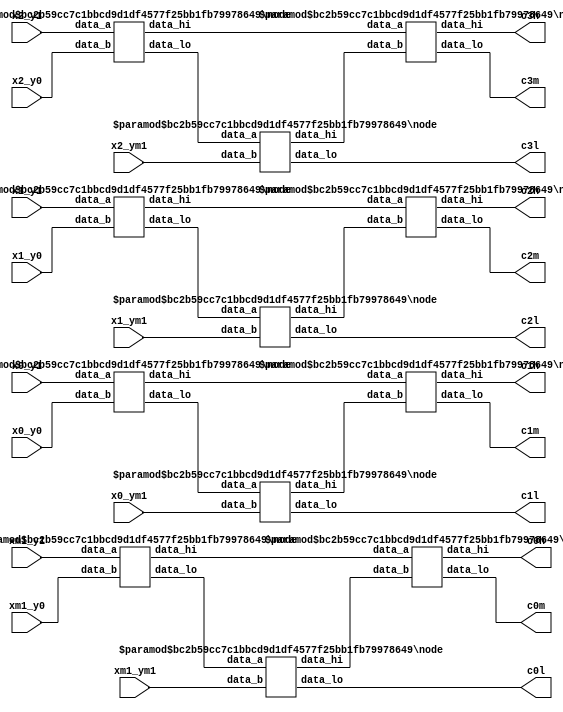
/* --------------------------------------------------------------------------------
 This file is part of FPGA Median Filter.

    FPGA Median Filter is free software: you can redistribute it and/or modify
    it under the terms of the GNU General Public License as published by
    the Free Software Foundation, either version 3 of the License, or
    (at your option) any later version.

    FPGA Median Filter is distributed in the hope that it will be useful,
    but WITHOUT ANY WARRANTY; without even the implied warranty of
    MERCHANTABILITY or FITNESS FOR A PARTICULAR PURPOSE.  See the
    GNU General Public License for more details.

    You should have received a copy of the GNU General Public License
    along with FPGA Median Filter.  If not, see <http://www.gnu.org/licenses/>.
-------------------------------------------------------------------------------- */

/* +----------------------------------------------------------------------------
   Universidade Federal da Bahia
  ------------------------------------------------------------------------------
   PROJECT: FPGA Median Filter
  ------------------------------------------------------------------------------
   FILE NAME            : pixel_network.v
   AUTHOR               : Joo Carlos Bittencourt
   AUTHOR'S E-MAIL      : joaocarlos@ieee.org
   -----------------------------------------------------------------------------
   RELEASE HISTORY
   VERSION  DATE        AUTHOR        DESCRIPTION
   1.0      2013-08-13  joao.nunes    initial version
   -----------------------------------------------------------------------------
   KEYWORDS: comparator, low, high, median
   -----------------------------------------------------------------------------
   PURPOSE: Obtain the Median of a 3x3 mask.
   ----------------------------------------------------------------------------- */
module common_network
#(
    parameter DATA_WIDTH = 8
)(
    input [DATA_WIDTH-1:0] x2_y1,
    input [DATA_WIDTH-1:0] x2_y0,
    input [DATA_WIDTH-1:0] x2_ym1,
    input [DATA_WIDTH-1:0] x1_y1,
    input [DATA_WIDTH-1:0] x1_y0,
    input [DATA_WIDTH-1:0] x1_ym1,
    input [DATA_WIDTH-1:0] x0_y1,
    input [DATA_WIDTH-1:0] x0_y0,
    input [DATA_WIDTH-1:0] x0_ym1,
    input [DATA_WIDTH-1:0] xm1_y1,
    input [DATA_WIDTH-1:0] xm1_y0,
    input [DATA_WIDTH-1:0] xm1_ym1,

    output [DATA_WIDTH-1:0] c3l,
    output [DATA_WIDTH-1:0] c3h,
    output [DATA_WIDTH-1:0] c3m,
    output [DATA_WIDTH-1:0] c2l,
    output [DATA_WIDTH-1:0] c2h,
    output [DATA_WIDTH-1:0] c2m,
    output [DATA_WIDTH-1:0] c1l,
    output [DATA_WIDTH-1:0] c1h,
    output [DATA_WIDTH-1:0] c1m,
    output [DATA_WIDTH-1:0] c0h,
    output [DATA_WIDTH-1:0] c0m,
    output [DATA_WIDTH-1:0] c0l
);

    // Connection signals
    wire [DATA_WIDTH-1:0] node_u0_hi;
    wire [DATA_WIDTH-1:0] node_u0_lo;
    wire [DATA_WIDTH-1:0] node_u1_hi;
    wire [DATA_WIDTH-1:0] node_u1_lo;
    wire [DATA_WIDTH-1:0] node_u2_hi;
    wire [DATA_WIDTH-1:0] node_u2_lo;
    wire [DATA_WIDTH-1:0] node_u3_hi;
    wire [DATA_WIDTH-1:0] node_u3_lo;
    wire [DATA_WIDTH-1:0] node_u4_hi;
    wire [DATA_WIDTH-1:0] node_u4_lo;
    wire [DATA_WIDTH-1:0] node_u5_hi;
    wire [DATA_WIDTH-1:0] node_u5_lo;
    wire [DATA_WIDTH-1:0] node_u6_hi;
    wire [DATA_WIDTH-1:0] node_u6_lo;
    wire [DATA_WIDTH-1:0] node_u7_hi;
    wire [DATA_WIDTH-1:0] node_u7_lo;
    wire [DATA_WIDTH-1:0] node_u8_hi;
    wire [DATA_WIDTH-1:0] node_u8_lo;
    wire [DATA_WIDTH-1:0] node_u9_hi;
    wire [DATA_WIDTH-1:0] node_u9_lo;
    wire [DATA_WIDTH-1:0] node_u10_hi;
    wire [DATA_WIDTH-1:0] node_u10_lo;
    wire [DATA_WIDTH-1:0] node_u11_hi;
    wire [DATA_WIDTH-1:0] node_u11_lo;
    wire [DATA_WIDTH-1:0] node_u12_hi;
    wire [DATA_WIDTH-1:0] node_u12_lo;

    // Output assignment
    assign c3l = node_u4_lo;
    assign c3h = node_u8_hi;
    assign c3m = node_u8_lo;
    assign c2l = node_u5_lo;
    assign c2h = node_u9_hi;
    assign c2m = node_u9_lo;
    assign c1l = node_u6_lo;
    assign c1h = node_u10_hi;
    assign c1m = node_u10_lo;
    assign c0h = node_u11_hi;
    assign c0m = node_u11_lo;
    assign c0l = node_u7_lo;

    // Column 3
    node
    #(
        .DATA_WIDTH(DATA_WIDTH),
        .LOW_MUX(1), // enable low output
        .HI_MUX(1) // enable high output
    ) node_u0 (
        .data_a(x2_y1),
        .data_b(x2_y0),

        .data_hi(node_u0_hi),
        .data_lo(node_u0_lo)
    );

    node
    #(
        .DATA_WIDTH(DATA_WIDTH),
        .LOW_MUX(1), // enable low output
        .HI_MUX(1) // enable high output
    ) node_u1 (
        .data_a(x1_y1),
        .data_b(x1_y0),

        .data_hi(node_u1_hi),
        .data_lo(node_u1_lo)
    );

    node
    #(
        .DATA_WIDTH(DATA_WIDTH),
        .LOW_MUX(1), // enable low output
        .HI_MUX(1) // enable high output
    ) node_u2 (
        .data_a(x0_y1),
        .data_b(x0_y0),

        .data_hi(node_u2_hi),
        .data_lo(node_u2_lo)
    );

    // Column 2
    node
    #(
        .DATA_WIDTH(DATA_WIDTH),
        .LOW_MUX(1), // enable low output
        .HI_MUX(1) // enable high output
    ) node_u3 (
        .data_a(xm1_y1),
        .data_b(xm1_y0),

        .data_hi(node_u3_hi),
        .data_lo(node_u3_lo)
    );

    node
    #(
        .DATA_WIDTH(DATA_WIDTH),
        .LOW_MUX(1), // enable low output
        .HI_MUX(1) // enable high output
    ) node_u4 (
        .data_a(node_u0_lo),
        .data_b(x2_ym1),

        .data_hi(node_u4_hi),
        .data_lo(node_u4_lo)
    );

    node
    #(
        .DATA_WIDTH(DATA_WIDTH),
        .LOW_MUX(1), // enable low output
        .HI_MUX(1) // enable high output
    ) node_u5 (
        .data_a(node_u1_lo),
        .data_b(x1_ym1),

        .data_hi(node_u5_hi),
        .data_lo(node_u5_lo)
    );

    // Column 1
    node
    #(
        .DATA_WIDTH(DATA_WIDTH),
        .LOW_MUX(1), // enable low output
        .HI_MUX(1) // enable high output
    ) node_u6 (
        .data_a(node_u2_lo),
        .data_b(x0_ym1),

        .data_hi(node_u6_hi),
        .data_lo(node_u6_lo)
    );

    node
    #(
        .DATA_WIDTH(DATA_WIDTH),
        .LOW_MUX(1), // enable low output
        .HI_MUX(1) // enable high output
    ) node_u7 (
        .data_a(node_u3_lo),
        .data_b(xm1_ym1),

        .data_hi(node_u7_hi),
        .data_lo(node_u7_lo)
    );

    node
    #(
        .DATA_WIDTH(DATA_WIDTH),
        .LOW_MUX(1), // enable low output
        .HI_MUX(1) // enable high output
    ) node_u8 (
        .data_a(node_u0_hi),
        .data_b(node_u4_hi),

        .data_hi(node_u8_hi),
        .data_lo(node_u8_lo)
    );

    // Column 0
    node
    #(
        .DATA_WIDTH(DATA_WIDTH),
        .LOW_MUX(1), // enable low output
        .HI_MUX(1) // enable high output
    ) node_u9 (
        .data_a(node_u1_hi),
        .data_b(node_u5_hi),

        .data_hi(node_u9_hi),
        .data_lo(node_u9_lo)
    );

    node
    #(
        .DATA_WIDTH(DATA_WIDTH),
        .LOW_MUX(1), // enable low output
        .HI_MUX(1) // enable high output
    ) node_u10 (
        .data_a(node_u2_hi),
        .data_b(node_u6_hi),

        .data_hi(node_u10_hi),
        .data_lo(node_u10_lo)
    );

    node
    #(
        .DATA_WIDTH(DATA_WIDTH),
        .LOW_MUX(1), // enable low output
        .HI_MUX(1) // enable high output
    ) node_u11 (
        .data_a(node_u3_hi),
        .data_b(node_u7_hi),

        .data_hi(node_u11_hi),
        .data_lo(node_u11_lo)
    );

endmodule/* --------------------------------------------------------------------------------
 This file is part of FPGA Median Filter.

    FPGA Median Filter is free software: you can redistribute it and/or modify
    it under the terms of the GNU General Public License as published by
    the Free Software Foundation, either version 3 of the License, or
    (at your option) any later version.

    FPGA Median Filter is distributed in the hope that it will be useful,
    but WITHOUT ANY WARRANTY; without even the implied warranty of
    MERCHANTABILITY or FITNESS FOR A PARTICULAR PURPOSE.  See the
    GNU General Public License for more details.

    You should have received a copy of the GNU General Public License
    along with FPGA Median Filter.  If not, see <http://www.gnu.org/licenses/>.
-------------------------------------------------------------------------------- */
/* +----------------------------------------------------------------------------
   Universidade Federal da Bahia
  ------------------------------------------------------------------------------
   PROJECT: FPGA Median Filter
  ------------------------------------------------------------------------------
   FILE NAME            : pixel_network.v
   AUTHOR               : Joo Carlos Bittencourt
   AUTHOR'S E-MAIL      : joaocarlos@ieee.org
   -----------------------------------------------------------------------------
   RELEASE HISTORY
   VERSION  DATE        AUTHOR        DESCRIPTION
   1.0      2013-08-13  joao.nunes    initial version
   -----------------------------------------------------------------------------
   KEYWORDS: dff, flip-flop, register bank
   -----------------------------------------------------------------------------
   PURPOSE: Group median pipeline registers.
   ----------------------------------------------------------------------------- */
module dff_3_pipe
#(
    parameter DATA_WIDTH = 8
)(
    input clk,
    input rst_n,
    input [DATA_WIDTH-1:0] d0,
    input [DATA_WIDTH-1:0] d1,
    input [DATA_WIDTH-1:0] d2,

    output reg [DATA_WIDTH-1:0] q0,
    output reg [DATA_WIDTH-1:0] q1,
    output reg [DATA_WIDTH-1:0] q2
);

always @(posedge clk or negedge rst_n)
begin : register_bank_3u
    if(~rst_n) begin
        q0 <= {DATA_WIDTH{1'b0}};
        q1 <= {DATA_WIDTH{1'b0}};
        q2 <= {DATA_WIDTH{1'b0}};
    end else begin
        q0 <= d0;
        q1 <= d1;
        q2 <= d2;
    end
end

endmodule/* --------------------------------------------------------------------------------
 This file is part of FPGA Median Filter.

    FPGA Median Filter is free software: you can redistribute it and/or modify
    it under the terms of the GNU General Public License as published by
    the Free Software Foundation, either version 3 of the License, or
    (at your option) any later version.

    FPGA Median Filter is distributed in the hope that it will be useful,
    but WITHOUT ANY WARRANTY; without even the implied warranty of
    MERCHANTABILITY or FITNESS FOR A PARTICULAR PURPOSE.  See the
    GNU General Public License for more details.

    You should have received a copy of the GNU General Public License
    along with FPGA Median Filter.  If not, see <http://www.gnu.org/licenses/>.
-------------------------------------------------------------------------------- */
//*******************************************************************//
//-------------------------------------------------------------------//
// File contents        : Parameterized memory for syncronous fifo     
//
// Design Engineer      : Igor Dantas
// Last Changed         : 10/27/2008 09:00
//-------------------------------------------------------------------//
//*******************************************************************//

`timescale 1ns/10ps

module dual_port_ram 
#(
   parameter MEMFILE = "",
   parameter DATA_WIDTH = 'd32,
   parameter ADDR_WIDTH = 14
)
(
   input clk, 
   input r_ena,
   input w_ena, 
   input [DATA_WIDTH-1:0] w_data, 
   input [ADDR_WIDTH-1:0] w_addr, 
   input [ADDR_WIDTH-1:0] r_addr,
   output reg [DATA_WIDTH-1:0] r_data 
);

//The Register memory
reg [DATA_WIDTH-1:0] mem[0:2**ADDR_WIDTH-1];
// synchronous read and write when enabled
always @ (posedge clk) begin
   if (w_ena)  mem[w_addr] <=  w_data;
   if (r_ena) r_data <= mem[r_addr];
end



endmodule

/* --------------------------------------------------------------------------------
 This file is part of FPGA Median Filter.

    FPGA Median Filter is free software: you can redistribute it and/or modify
    it under the terms of the GNU General Public License as published by
    the Free Software Foundation, either version 3 of the License, or
    (at your option) any later version.

    FPGA Median Filter is distributed in the hope that it will be useful,
    but WITHOUT ANY WARRANTY; without even the implied warranty of
    MERCHANTABILITY or FITNESS FOR A PARTICULAR PURPOSE.  See the
    GNU General Public License for more details.

    You should have received a copy of the GNU General Public License
    along with FPGA Median Filter.  If not, see <http://www.gnu.org/licenses/>.
-------------------------------------------------------------------------------- */
/* +----------------------------------------------------------------------------
   Universidade Federal da Bahia
  ------------------------------------------------------------------------------
   PROJECT: FPGA Median Filter
  ------------------------------------------------------------------------------
   FILE NAME            : median.v
   AUTHOR               : Joo Carlos Bittencourt
   AUTHOR'S E-MAIL      : joaocarlos@ieee.org
   -----------------------------------------------------------------------------
   RELEASE HISTORY
   VERSION  DATE        AUTHOR        DESCRIPTION
   1.0      2013-08-13  joao.nunes    initial version
   -----------------------------------------------------------------------------
   KEYWORDS: median, filter, image processing
   -----------------------------------------------------------------------------
   PURPOSE: Top level entity of the Median Filter algorithm datapath.
   ----------------------------------------------------------------------------- */
`define DEBUG

module median
#(
    parameter MEM_DATA_WIDTH = 32,
    parameter LUT_ADDR_WIDTH = 10, // Input LUTs
    parameter MEM_ADDR_WIDTH = 10, // Output Memory
    parameter PIXEL_DATA_WIDTH = 8,
    parameter IMG_WIDTH  = 320,
    parameter IMG_HEIGHT = 320
)(
    input clk, // Clock
    input rst_n, // Asynchronous reset active low
    input [31:0] word0,
    input [31:0] word1,
    input [31:0] word2,

    // Test signals
    `ifdef DEBUG
    output [PIXEL_DATA_WIDTH-1:0] pixel1,
    output [PIXEL_DATA_WIDTH-1:0] pixel2,
    output [PIXEL_DATA_WIDTH-1:0] pixel3,
    output [PIXEL_DATA_WIDTH-1:0] pixel4,
    `else
    output [MEM_DATA_WIDTH-1:0] median_word,
    `endif
    output [LUT_ADDR_WIDTH-1:0] raddr_a,
    output [LUT_ADDR_WIDTH-1:0] raddr_b,
    output [LUT_ADDR_WIDTH-1:0] raddr_c,

    output [MEM_ADDR_WIDTH-1:0] waddr
);

    wire [PIXEL_DATA_WIDTH-1:0] x2_y1;
    wire [PIXEL_DATA_WIDTH-1:0] x2_y0;
    wire [PIXEL_DATA_WIDTH-1:0] x2_ym1;
    wire [PIXEL_DATA_WIDTH-1:0] x1_y1;
    wire [PIXEL_DATA_WIDTH-1:0] x1_y0;
    wire [PIXEL_DATA_WIDTH-1:0] x1_ym1;
    wire [PIXEL_DATA_WIDTH-1:0] x0_y1;
    wire [PIXEL_DATA_WIDTH-1:0] x0_y0;
    wire [PIXEL_DATA_WIDTH-1:0] x0_ym1;
    wire [PIXEL_DATA_WIDTH-1:0] xm1_y1;
    wire [PIXEL_DATA_WIDTH-1:0] xm1_y0;
    wire [PIXEL_DATA_WIDTH-1:0] xm1_ym1;

    assign x2_y1   = word0[PIXEL_DATA_WIDTH-1:0];
    assign x2_y0   = word1[PIXEL_DATA_WIDTH-1:0];
    assign x2_ym1  = word2[PIXEL_DATA_WIDTH-1:0];

    assign x1_y1   = word0[(PIXEL_DATA_WIDTH*2)-1:PIXEL_DATA_WIDTH];
    assign x1_y0   = word1[(PIXEL_DATA_WIDTH*2)-1:PIXEL_DATA_WIDTH];
    assign x1_ym1  = word2[(PIXEL_DATA_WIDTH*2)-1:PIXEL_DATA_WIDTH];

    assign x0_y1   = word0[(PIXEL_DATA_WIDTH*3)-1:(PIXEL_DATA_WIDTH*2)];
    assign x0_y0   = word1[(PIXEL_DATA_WIDTH*3)-1:(PIXEL_DATA_WIDTH*2)];
    assign x0_ym1  = word2[(PIXEL_DATA_WIDTH*3)-1:(PIXEL_DATA_WIDTH*2)];

    assign xm1_y1  = word0[(PIXEL_DATA_WIDTH*4)-1:(PIXEL_DATA_WIDTH*3)];
    assign xm1_y0  = word1[(PIXEL_DATA_WIDTH*4)-1:(PIXEL_DATA_WIDTH*3)];
    assign xm1_ym1 = word2[(PIXEL_DATA_WIDTH*4)-1:(PIXEL_DATA_WIDTH*3)];

    // wire [PIXEL_DATA_WIDTH-1:0] pixel1_sig;
    // wire [PIXEL_DATA_WIDTH-1:0] pixel2_sig;
    // wire [PIXEL_DATA_WIDTH-1:0] pixel3_sig;
    // wire [PIXEL_DATA_WIDTH-1:0] pixel4_sig;

    `ifndef DEBUG
    assign median_word = {pixel1,pixel2,pixel3,pixel4};
    `endif

    // Common network output signals
    wire [PIXEL_DATA_WIDTH-1:0] c3l;
    wire [PIXEL_DATA_WIDTH-1:0] c3h;
    wire [PIXEL_DATA_WIDTH-1:0] c3m;
    wire [PIXEL_DATA_WIDTH-1:0] c3l_reg;
    wire [PIXEL_DATA_WIDTH-1:0] c3h_reg;
    wire [PIXEL_DATA_WIDTH-1:0] c3m_reg;
    wire [PIXEL_DATA_WIDTH-1:0] c2l;
    wire [PIXEL_DATA_WIDTH-1:0] c2h;
    wire [PIXEL_DATA_WIDTH-1:0] c2m;
    wire [PIXEL_DATA_WIDTH-1:0] c2l_reg;
    wire [PIXEL_DATA_WIDTH-1:0] c2h_reg;
    wire [PIXEL_DATA_WIDTH-1:0] c2m_reg;
    wire [PIXEL_DATA_WIDTH-1:0] c1l;
    wire [PIXEL_DATA_WIDTH-1:0] c1h;
    wire [PIXEL_DATA_WIDTH-1:0] c1m;
    wire [PIXEL_DATA_WIDTH-1:0] c0h;
    wire [PIXEL_DATA_WIDTH-1:0] c0m;
    wire [PIXEL_DATA_WIDTH-1:0] c0l;

    // Delay signals to be placed over the output registers
    wire [PIXEL_DATA_WIDTH-1:0] p1_sig;
    wire [PIXEL_DATA_WIDTH-1:0] p2_sig;
    wire [PIXEL_DATA_WIDTH-1:0] p3_sig;

    //------------------------------------------------------------
    // Windowing Memory Address Controller
    //------------------------------------------------------------
    state_machine
    #(
        .LUT_ADDR_WIDTH(LUT_ADDR_WIDTH),
        .IMG_WIDTH(IMG_WIDTH),
        .IMG_HEIGHT(IMG_HEIGHT)
    ) window_contol (
        .clk(clk), // Clock
        .rst_n(rst_n), // Asynchronous reset active low

        .raddr_a(raddr_a),
        .raddr_b(raddr_b),
        .raddr_c(raddr_c),

        .waddr(waddr)
    );

    //------------------------------------------------------------
    // Pixel registers
    //------------------------------------------------------------
    // always @(posedge clk or negedge rst_n)
    // begin : pixel_reg
    //     if(~rst_n) begin
    //         pixel1 <= {PIXEL_DATA_WIDTH{1'b0}};
    //         pixel2 <= {PIXEL_DATA_WIDTH{1'b0}};
    //         pixel3 <= {PIXEL_DATA_WIDTH{1'b0}};
    //         pixel4 <= {PIXEL_DATA_WIDTH{1'b0}};
    //     end else begin
    //         pixel1 <= pixel1_sig;
    //         pixel2 <= pixel2_sig;
    //         pixel3 <= pixel3_sig;
    //         //pixel4 <= pixel4_sig;
    //    end
    // end

    //------------------------------------------------------------
    // Input datapath common network
    //------------------------------------------------------------
    common_network
    #(
        .DATA_WIDTH(PIXEL_DATA_WIDTH)
    ) common_network_u0 (
        .x2_y1(x2_y1),
        .x2_y0(x2_y0),
        .x2_ym1(x2_ym1),
        .x1_y1(x1_y1),
        .x1_y0(x1_y0),
        .x1_ym1(x1_ym1),
        .x0_y1(x0_y1),
        .x0_y0(x0_y0),
        .x0_ym1(x0_ym1),
        .xm1_y1(xm1_y1),
        .xm1_y0(xm1_y0),
        .xm1_ym1(xm1_ym1),

        .c3l(c3l),
        .c3h(c3h),
        .c3m(c3m),
        .c2l(c2l),
        .c2h(c2h),
        .c2m(c2m),
        .c1l(c1l),
        .c1h(c1h),
        .c1m(c1m),
        .c0h(c0h),
        .c0m(c0m),
        .c0l(c0l)
    );

    //------------------------------------------------------------
    // Pipeline Registers
    //------------------------------------------------------------
    dff_3_pipe
    #(
        .DATA_WIDTH(PIXEL_DATA_WIDTH)
    ) dff_c3_pipe (
        .clk(clk),
        .rst_n(rst_n),
        .d0(c3h),
        .d1(c3m),
        .d2(c3l),

        .q0(c3h_reg),
        .q1(c3m_reg),
        .q2(c3l_reg)
    );

    dff_3_pipe
    #(
        .DATA_WIDTH(PIXEL_DATA_WIDTH)
    ) dff_c2_pipe (
        .clk(clk),
        .rst_n(rst_n),
        .d0(c2h),
        .d1(c2m),
        .d2(c2l),

        .q0(c2h_reg),
        .q1(c2m_reg),
        .q2(c2l_reg)
    );

    // Output pieline registers (P1, P2, P3)
    dff_3_pipe
    #(
        .DATA_WIDTH(PIXEL_DATA_WIDTH)
    ) dff_out_pipe (
        .clk(clk),
        .rst_n(rst_n),
        .d0(p1_sig),
        .d1(p2_sig),
        .d2(p3_sig),

        .q0(pixel1),
        .q1(pixel2),
        .q2(pixel3)
    );

    //------------------------------------------------------------
    // Median Filter Pixel Network
    //------------------------------------------------------------

    // Pixel 1
    pixel_network
    #(
        .DATA_WIDTH(PIXEL_DATA_WIDTH)
    ) pixel_network_u0 (
        .c3h(c1h),
        .c3m(c1m),
        .c3l(c1l),
        .c2h(c0h),
        .c2m(c0m),
        .c2l(c0l),
        .c1h(c3h_reg),
        .c1m(c3m_reg),
        .c1l(c3l_reg),

        .median(p1_sig)
    );

    pixel_network
    #(
        .DATA_WIDTH(PIXEL_DATA_WIDTH)
    ) pixel_network_u1 (
        .c3h(c2h),
        .c3m(c2m),
        .c3l(c2l),
        .c2h(c1h),
        .c2m(c1m),
        .c2l(c1l),
        .c1h(c0h),
        .c1m(c0m),
        .c1l(c0l),

        .median(p2_sig)
    );

    pixel_network
    #(
        .DATA_WIDTH(PIXEL_DATA_WIDTH)
    ) pixel_network_u2 (
        .c3h(c3h),
        .c3m(c3m),
        .c3l(c3l),
        .c2h(c2h),
        .c2m(c2m),
        .c2l(c2l),
        .c1h(c1h),
        .c1m(c1m),
        .c1l(c1l),

        .median(p3_sig)
    );

    pixel_network
    #(
        .DATA_WIDTH(PIXEL_DATA_WIDTH)
    ) pixel_network_u3 (
        .c3h(c0h),
        .c3m(c0m),
        .c3l(c0l),
        .c2h(c3h_reg),
        .c2m(c3m_reg),
        .c2l(c3l_reg),
        .c1h(c2h_reg),
        .c1m(c2m_reg),
        .c1l(c2l_reg),

        .median(pixel4)
    );

endmodule/* --------------------------------------------------------------------------------
 This file is part of FPGA Median Filter.

    FPGA Median Filter is free software: you can redistribute it and/or modify
    it under the terms of the GNU General Public License as published by
    the Free Software Foundation, either version 3 of the License, or
    (at your option) any later version.

    FPGA Median Filter is distributed in the hope that it will be useful,
    but WITHOUT ANY WARRANTY; without even the implied warranty of
    MERCHANTABILITY or FITNESS FOR A PARTICULAR PURPOSE.  See the
    GNU General Public License for more details.

    You should have received a copy of the GNU General Public License
    along with FPGA Median Filter.  If not, see <http://www.gnu.org/licenses/>.
-------------------------------------------------------------------------------- */
/* +----------------------------------------------------------------------------
   Universidade Federal da Bahia
  ------------------------------------------------------------------------------
   PROJECT: FPGA Median Filter
  ------------------------------------------------------------------------------
   FILE NAME            : node.v
   AUTHOR               : Joo Carlos Bittencourt
   AUTHOR'S E-MAIL      : joaocarlos@ieee.org
   -----------------------------------------------------------------------------
   RELEASE HISTORY
   VERSION  DATE        AUTHOR        DESCRIPTION
   1.0      2013-08-13  joao.nunes    initial version
   -----------------------------------------------------------------------------
   KEYWORDS: comparator, low, hight, median
   -----------------------------------------------------------------------------
   PURPOSE: Compare two input values and return the low and high values.
   ----------------------------------------------------------------------------- */
module node
#(
    parameter DATA_WIDTH = 8,
    parameter LOW_MUX = 1, // disable low output
    parameter HI_MUX = 1 // disable hight output
)(
    input [DATA_WIDTH-1:0] data_a,
    input [DATA_WIDTH-1:0] data_b,

    output reg [DATA_WIDTH-1:0] data_hi,
    output reg [DATA_WIDTH-1:0] data_lo
);


    reg sel0;

    always @(*)
    begin : comparator
        if(data_a < data_b) begin
            sel0 = 1'b0; // data_a : lo / data_b : hi
        end else begin
            sel0 = 1'b1; // data_b : lo / data_a : hi
        end
    end


    always @(*)
    begin : mux_lo_hi
        case (sel0)
            1'b0 :
            begin
                if(LOW_MUX == 1)
                    data_lo = data_a;
                if(HI_MUX == 1)
                    data_hi = data_b;
            end
            1'b1 :
            begin
                if(LOW_MUX == 1)
                    data_lo = data_b;
                if(HI_MUX == 1)
                    data_hi = data_a;
            end
            default :
            begin
                data_lo = {DATA_WIDTH{1'b0}};
                data_hi = {DATA_WIDTH{1'b0}};
            end
        endcase
    end

endmodule/* --------------------------------------------------------------------------------
 This file is part of FPGA Median Filter.

    FPGA Median Filter is free software: you can redistribute it and/or modify
    it under the terms of the GNU General Public License as published by
    the Free Software Foundation, either version 3 of the License, or
    (at your option) any later version.

    FPGA Median Filter is distributed in the hope that it will be useful,
    but WITHOUT ANY WARRANTY; without even the implied warranty of
    MERCHANTABILITY or FITNESS FOR A PARTICULAR PURPOSE.  See the
    GNU General Public License for more details.

    You should have received a copy of the GNU General Public License
    along with FPGA Median Filter.  If not, see <http://www.gnu.org/licenses/>.
-------------------------------------------------------------------------------- */
/* +----------------------------------------------------------------------------
   Universidade Federal da Bahia
  ------------------------------------------------------------------------------
   PROJECT: FPGA Median Filter
  ------------------------------------------------------------------------------
   FILE NAME            : pixel_network.v
   AUTHOR               : Joo Carlos Bittencourt
   AUTHOR'S E-MAIL      : joaocarlos@ieee.org
   -----------------------------------------------------------------------------
   RELEASE HISTORY
   VERSION  DATE        AUTHOR        DESCRIPTION
   1.0      2013-08-13  joao.nunes    initial version
   -----------------------------------------------------------------------------
   KEYWORDS: comparator, low, hight, median
   -----------------------------------------------------------------------------
   PURPOSE: Obtain the Median of a 3x3 mask.
   ----------------------------------------------------------------------------- */
module pixel_network
#(
    parameter DATA_WIDTH = 8
)(
    input [DATA_WIDTH-1:0] c3h,
    input [DATA_WIDTH-1:0] c3m,
    input [DATA_WIDTH-1:0] c3l,
    input [DATA_WIDTH-1:0] c2h,
    input [DATA_WIDTH-1:0] c2m,
    input [DATA_WIDTH-1:0] c2l,
    input [DATA_WIDTH-1:0] c1h,
    input [DATA_WIDTH-1:0] c1m,
    input [DATA_WIDTH-1:0] c1l,

    output [DATA_WIDTH-1:0] median
);

    wire [DATA_WIDTH-1:0] node_u0_lo;
    wire [DATA_WIDTH-1:0] node_u1_hi;
    wire [DATA_WIDTH-1:0] node_u1_lo;
    wire [DATA_WIDTH-1:0] node_u2_hi;
    wire [DATA_WIDTH-1:0] node_u3_lo;
    wire [DATA_WIDTH-1:0] node_u4_hi;
    wire [DATA_WIDTH-1:0] node_u5_hi;
    wire [DATA_WIDTH-1:0] node_u6_lo;
    wire [DATA_WIDTH-1:0] node_u7_hi;
    wire [DATA_WIDTH-1:0] node_u7_lo;
    wire [DATA_WIDTH-1:0] node_u8_hi;

    node
    #(
        .DATA_WIDTH(DATA_WIDTH),
        .LOW_MUX(1), // disable low output
        .HI_MUX(0) // disable hight output
    ) node_u0 (
        .data_a(c3h),
        .data_b(c2h),

        // .data_hi(),
        .data_lo(node_u0_lo)
    );

    node
    #(
        .DATA_WIDTH(DATA_WIDTH),
        .LOW_MUX(1), // disable low output
        .HI_MUX(1) // disable hight output
    ) node_u1 (
        .data_a(c3m),
        .data_b(c2m),

        .data_hi(node_u1_hi),
        .data_lo(node_u1_lo)
    );

    node
    #(
        .DATA_WIDTH(DATA_WIDTH),
        .LOW_MUX(0), // disable low output
        .HI_MUX(1) // disable hight output
    ) node_u2 (
        .data_a(c2l),
        .data_b(c1l),

        .data_hi(node_u2_hi)
        // .data_lo()
    );

    node
    #(
        .DATA_WIDTH(DATA_WIDTH),
        .LOW_MUX(1), // disable low output
        .HI_MUX(0) // disable hight output
    ) node_u3 (
        .data_a(node_u0_lo),
        .data_b(c1h),

        // .data_hi(),
        .data_lo(node_u3_lo)
    );
    node
    #(
        .DATA_WIDTH(DATA_WIDTH),
        .LOW_MUX(0), // disable low output
        .HI_MUX(1) // disable hight output
    ) node_u4 (
        .data_a(node_u1_lo),
        .data_b(c1m),

        .data_hi(node_u4_hi)
        // .data_lo()
    );
    node
    #(
        .DATA_WIDTH(DATA_WIDTH),
        .LOW_MUX(0), // disable low output
        .HI_MUX(1) // disable hight output
    ) node_u5 (
        .data_a(c3l),
        .data_b(node_u2_hi),

        .data_hi(node_u5_hi)
        // .data_lo()
    );

    node
    #(
        .DATA_WIDTH(DATA_WIDTH),
        .LOW_MUX(1), // disable low output
        .HI_MUX(0) // disable hight output
    ) node_u6 (
        .data_a(node_u1_hi),
        .data_b(node_u4_hi),

        // .data_hi(),
        .data_lo(node_u6_lo)
    );

    node
    #(
        .DATA_WIDTH(DATA_WIDTH),
        .LOW_MUX(1), // disable low output
        .HI_MUX(1) // disable hight output
    ) node_u7 (
        .data_a(node_u3_lo),
        .data_b(node_u6_lo),

        .data_hi(node_u7_hi),
        .data_lo(node_u7_lo)
    );

    node
    #(
        .DATA_WIDTH(DATA_WIDTH),
        .LOW_MUX(0), // disable low output
        .HI_MUX(1) // disable hight output
    ) node_u8 (
        .data_a(node_u7_lo),
        .data_b(node_u5_hi),

        .data_hi(node_u8_hi)
        // .data_lo()
    );

    node
    #(
        .DATA_WIDTH(DATA_WIDTH),
        .LOW_MUX(1), // disable low output
        .HI_MUX(0) // disable hight output
    ) node_u9 (
        .data_a(node_u7_hi),
        .data_b(node_u8_hi),

        // .data_hi(),
        .data_lo(median)
    );

endmodule/* --------------------------------------------------------------------------------
 This file is part of FPGA Median Filter.

    FPGA Median Filter is free software: you can redistribute it and/or modify
    it under the terms of the GNU General Public License as published by
    the Free Software Foundation, either version 3 of the License, or
    (at your option) any later version.

    FPGA Median Filter is distributed in the hope that it will be useful,
    but WITHOUT ANY WARRANTY; without even the implied warranty of
    MERCHANTABILITY or FITNESS FOR A PARTICULAR PURPOSE.  See the
    GNU General Public License for more details.

    You should have received a copy of the GNU General Public License
    along with FPGA Median Filter.  If not, see <http://www.gnu.org/licenses/>.
-------------------------------------------------------------------------------- */
/* +----------------------------------------------------------------------------
   Universidade Federal da Bahia
  ------------------------------------------------------------------------------
   PROJECT: FPGA Median Filter
  ------------------------------------------------------------------------------
   FILE NAME            : median.v
   AUTHOR               : Joo Carlos Bittencourt
   AUTHOR'S E-MAIL      : joaocarlos@ieee.org
   -----------------------------------------------------------------------------
   RELEASE HISTORY
   VERSION  DATE        AUTHOR        DESCRIPTION
   1.0      2013-08-13  joao.nunes    initial version
   2.0      2013-09-06  laur.rami     fix minnor issues on memory address
   -----------------------------------------------------------------------------
   KEYWORDS: median, filter, image processing, state machine
   -----------------------------------------------------------------------------
   PURPOSE: Windowing Memory Address Controller.
   ----------------------------------------------------------------------------- */
module state_machine
#(
    parameter LUT_ADDR_WIDTH = 10,
    parameter IMG_WIDTH = 234,
    parameter IMG_HEIGHT = 234
)(
    input clk, // Clock
    input rst_n, // Asynchronous reset active low

    output reg [LUT_ADDR_WIDTH-1:0] raddr_a,
    output reg [LUT_ADDR_WIDTH-1:0] raddr_b,
    output reg [LUT_ADDR_WIDTH-1:0] raddr_c,
    output reg [LUT_ADDR_WIDTH-1:0] waddr,
    output reg [1:0] window_line_counter,
    output reg [9:0] window_column_counter,
    output reg [9:0] memory_shift
);

    reg valid;

    always @(posedge clk or negedge rst_n)
    begin : out_memory_counter
        if(~rst_n) begin
            waddr <= {LUT_ADDR_WIDTH{1'b0}};
        end else if(valid) begin
            waddr <= waddr + 1'b1;
        end
    end

    always @(posedge clk or negedge rst_n)
    begin : addr_counter
        if(~rst_n) begin
            window_column_counter <= 10'd0;
            window_line_counter <= 2'b00;
            raddr_a <= {LUT_ADDR_WIDTH{1'b0}};
            raddr_b <= {LUT_ADDR_WIDTH{1'b0}};
            raddr_c <= {LUT_ADDR_WIDTH{1'b0}};
        end else begin
            if(window_column_counter != ((IMG_WIDTH/4)-1)) begin
                window_column_counter <= window_column_counter + 1'b1;
                valid <= 1'b1;
                raddr_a <= raddr_a + 1'b1;
                raddr_b <= raddr_b + 1'b1;
                raddr_c <= raddr_c + 1'b1;
            end else begin
                window_column_counter <= 10'd0;
                case (window_line_counter)
                    2'b00 :
                    begin
                        raddr_a <= raddr_a + 1'b1;
                        raddr_b <= raddr_b - window_column_counter;
                        raddr_c <= raddr_c - window_column_counter;
                        window_line_counter = window_line_counter + 1'b1;
                    end
                    2'b01 :
                    begin
                        raddr_b <= raddr_b + 1'b1;
                        raddr_a <= raddr_a - window_column_counter;
                        raddr_c <= raddr_c - window_column_counter;
                        window_line_counter = window_line_counter + 1'b1;
                    end
                    2'b10 :
                    begin
                        raddr_b <= raddr_b - window_column_counter;
                        raddr_a <= raddr_a - window_column_counter;
                        raddr_c <= raddr_c + 1'b1;
                        window_line_counter = 2'b00;
                    end
                    default :
                    begin
                        raddr_a <= {LUT_ADDR_WIDTH{1'b0}};
                        raddr_b <= {LUT_ADDR_WIDTH{1'b0}};
                        raddr_c <= {LUT_ADDR_WIDTH{1'b0}};
                    end
                endcase
            end
        end
    end

endmodule